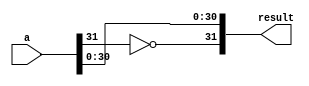
//opposite number of a floating number
module OPPOSITE
(
    input [31:0]a,
    output [31:0]result
);
assign result = {~a[31],a[30:0]};
endmodule